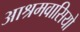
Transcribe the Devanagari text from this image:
आश्रमवासियो